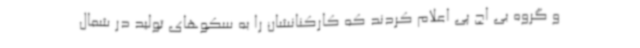
و گروه بی اچ پی اعلام کردند که کارکنانشان را به سکوهای تولید در شمال